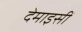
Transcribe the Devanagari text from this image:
देमाइसीं